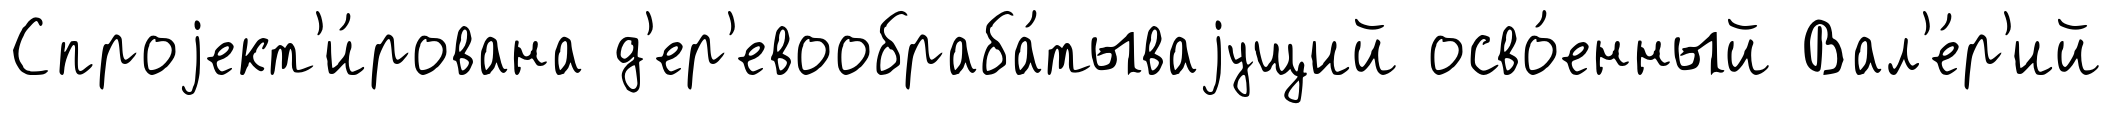
Спроjект'и́рована д'ер'евообраба́тываjущий осво́енный Вал'е́р'ий